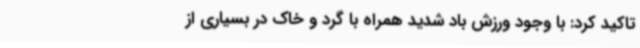
تاکید کرد: با وجود ورزش باد شدید همراه با گرد و خاک در بسیاری از